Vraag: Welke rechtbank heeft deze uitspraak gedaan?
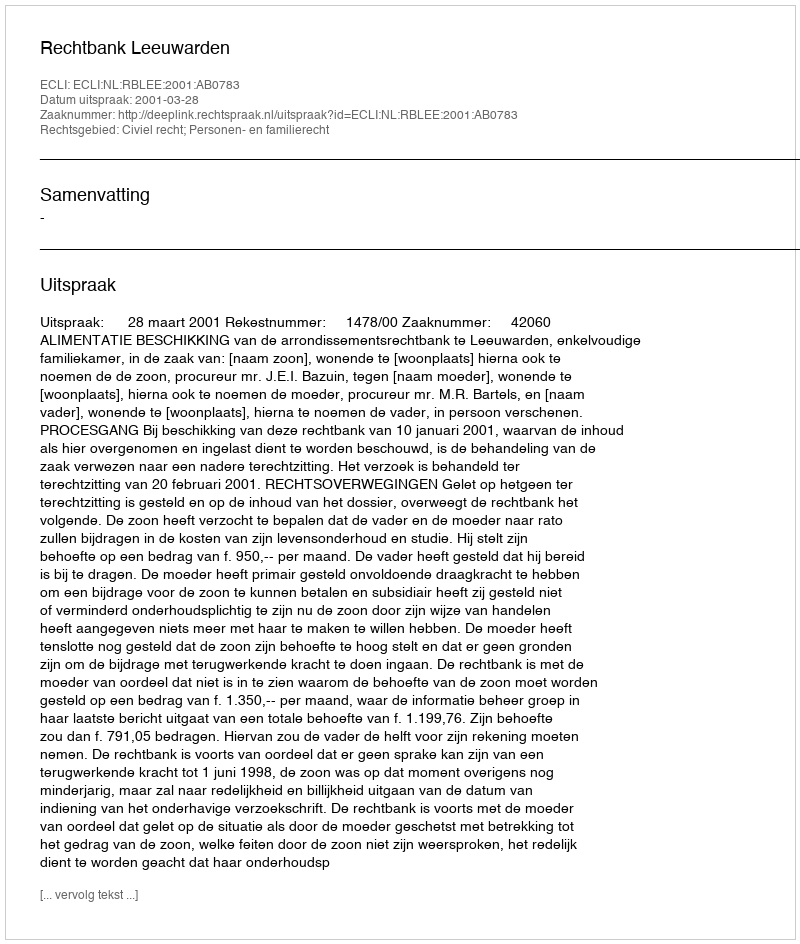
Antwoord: Rechtbank Leeuwarden